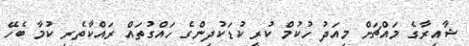
ޝާއިރާގެ މައްޗަށް މިއަދު ހުކުމް ކުރީ ކުޑަކުދިންގެ ހައްގުތައް ރައްކާތެރި ކުމާ ބެހޭ